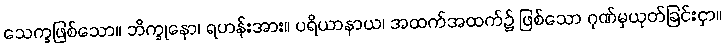
သေက္ခဖြစ်သော။ ဘိက္ခုနော၊ ရဟန်းအား။ ပရိယာနာယ၊ အထက်အထက်၌ ဖြစ်သော ဂုဏ်မှယုတ်ခြင်းငှာ။